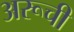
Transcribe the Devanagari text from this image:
अरूची